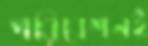
পরিবেশনই